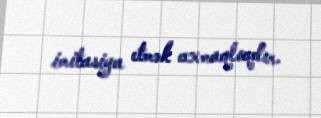
imitasiya etmək axmaqlıqdır.